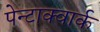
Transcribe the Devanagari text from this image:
पेन्टाक्वार्क